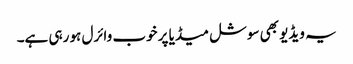
یہ ویڈیو بھی سوشل میڈیا پر خوب وائرل ہو رہی ہے۔